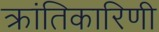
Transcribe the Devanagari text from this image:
क्रांतिकारिणी